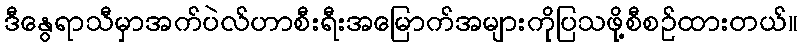
ဒီနွေရာသီမှာအက်ပဲလ်ဟာစီးရီးအမြောက်အများကိုပြသဖို့စီစဉ်ထားတယ်။